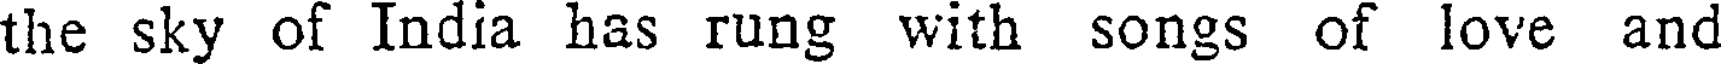
the sky of India has rung with songs of love and